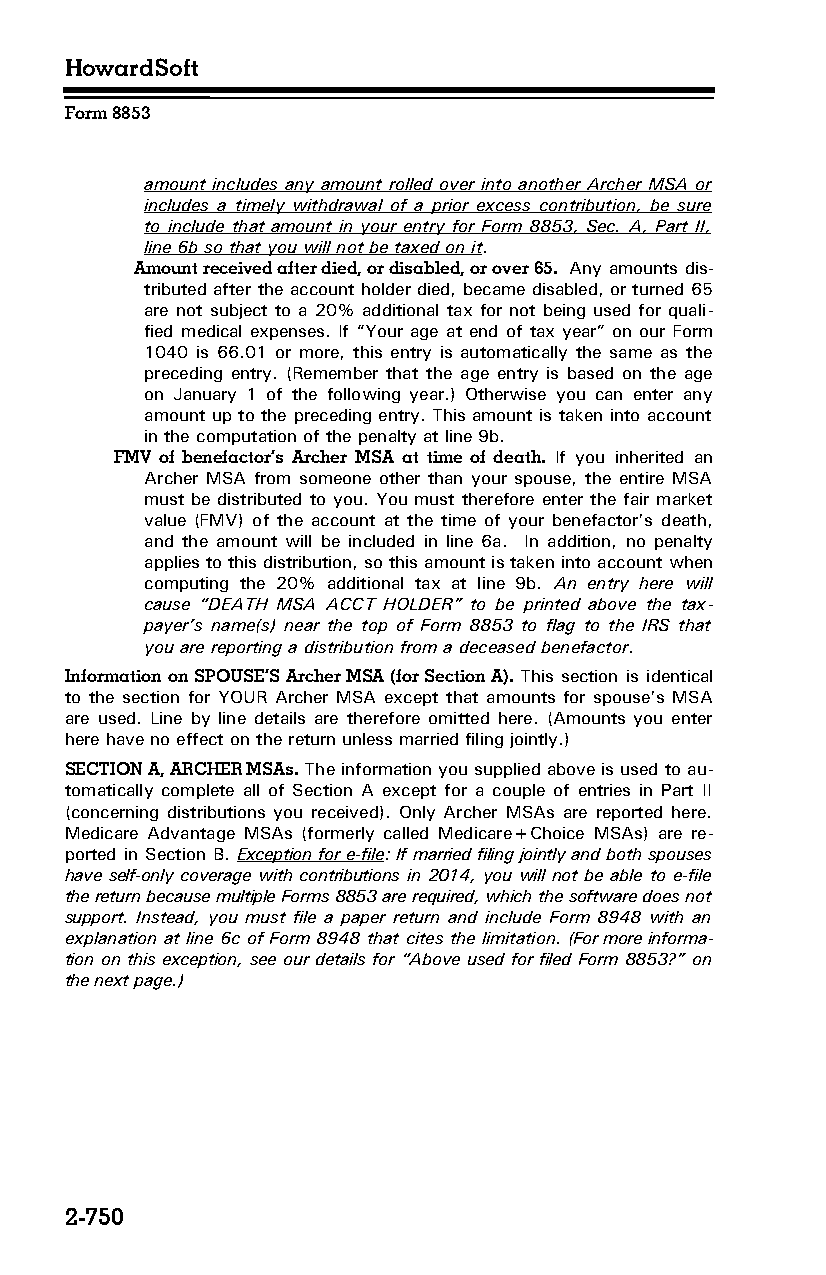
HowardSoft
 Form 8853
 amount includes any amount rolled over into another Archer MSA or
 includes a timely withdrawal of a prior excess contribution, be sure
 to include that amount in your entry for Form 8853, Sec. A, Part II,
 line 6b so that you will not be taxed on it.
 Amount received after died, or disabled, or over 65. Any amounts dis­
 tributed after the account holder died, became disabled, or turned 65
 are not subject to a 20% additional tax for not being used for quali­
 fied medical expenses. If “Your age at end of tax year” on our Form
 1040 is 66.01 or more, this entry is automatically the same as the
 preceding entry. (Remember that the age entry is based on the age
 on January 1 of the following year.) Otherwise you can enter any
 amount up to the preceding entry. This amount is taken into account
 in the computation of the penalty at line 9b.
 FMV of benefactor’s Archer MSA at time of death. If you inherited an
 Archer MSA from someone other than your spouse, the entire MSA
 must be distributed to you. You must therefore enter the fair market
 value (FMV) of the account at the time of your benefactor’s death,
 and the amount will be included in line 6a. In addition, no penalty
 applies to this distribution, so this amount is taken into account when
 computing the 20% additional tax at line 9b. An entry here will
 cause “DEATH MSA ACCT HOLDER” to be printed above the tax­
 payer’s name(s) near the top of Form 8853 to flag to the IRS that
 you are reporting a distribution from a deceased benefactor.
 Information on SPOUSE’S Archer MSA (for Section A). This section is identical
 to the section for YOUR Archer MSA except that amounts for spouse’s MSA
 are used. Line by line details are therefore omitted here. (Amounts you enter
 here have no effect on the return unless married filing jointly.)
 SECTION A, ARCHER MSAs. The information you supplied above is used to au­
 tomatically complete all of Section A except for a couple of entries in Part II
 (concerning distributions you received). Only Archer MSAs are reported here.
 Medicare Advantage MSAs (formerly called Medicare+Choice MSAs) are re­
 ported in Section B. Exception for e-file: If married filing jointly and both spouses
 have self-only coverage with contributions in 2014, you will not be able to e-file
 the return because multiple Forms 8853 are required, which the software does not
 support. Instead, you must file a paper return and include Form 8948 with an
 explanation at line 6c of Form 8948 that cites the limitation. (For more informa­
 tion on this exception, see our details for “Above used for filed Form 8853?” on
 the next page.)
 2-750